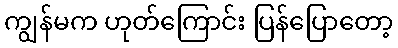
ကျွန်မက ဟုတ်ကြောင်း ပြန်ပြောတော့